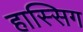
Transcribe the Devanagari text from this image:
हास्सिग